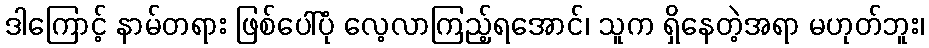
ဒါကြောင့် နာမ်တရား ဖြစ်ပေါ်ပုံ လေ့လာကြည့်ရအောင်၊ သူက ရှိနေတဲ့အရာ မဟုတ်ဘူး၊